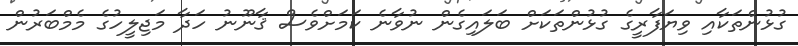
ގުޅުންތަކާއި ވިޔަފާރީގެ ގުޅުންތަކަށް ބަލައިގެން ނުވާނެ ކަމަށްވެސް ޤާނޫނު ހަދާ މަޖިލީހުގެ މެމްބަރުން